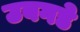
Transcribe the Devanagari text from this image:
उबगडे